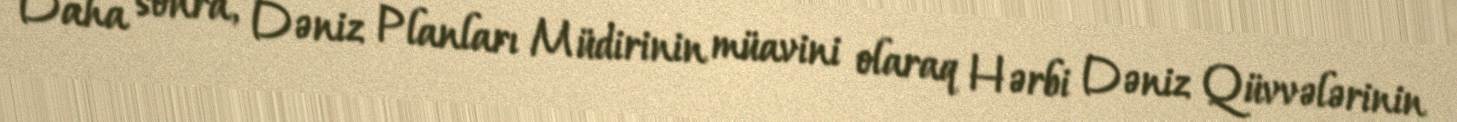
Daha sonra, Dəniz Planları Müdirinin müavini olaraq Hərbi Dəniz Qüvvələrinin